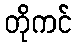
တိုကင်